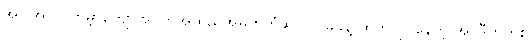
အပါအဝင် ကမ္ဘာကျော်အဝတ်အထည်အမှတ်တံဆိပ် ၇ ခုခန့် ထုတ်လုပ်နေတဲ့ အင်ဒီတက်စ်